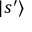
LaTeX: | s ^ { \prime } \rangle